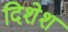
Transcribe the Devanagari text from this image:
दिशेश